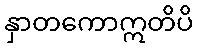
နှာတကောဣတိပိ